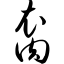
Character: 裔